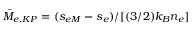
\bar { M } _ { e , K P } = ( s _ { e M } - s _ { e } ) / [ ( 3 / 2 ) k _ { B } n _ { e } ]